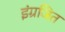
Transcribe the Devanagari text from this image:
इंग्रजित